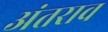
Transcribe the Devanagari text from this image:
अंतराव